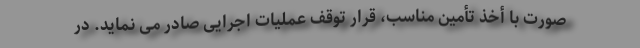
صورت با أخذ تأمین مناسب، قرار توقف عملیات اجرایی صادر می نماید. در